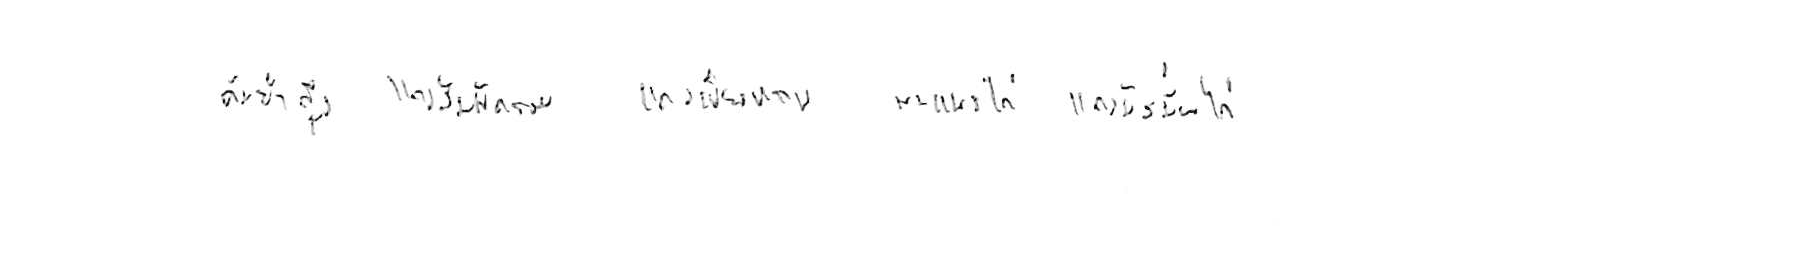
ต้มยำกุ้ง แกงส้มผักรวม แกงเขียวหวาน พะแนงไก่ แกงมัสมั่นไก่